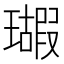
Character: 𱯵